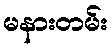
မနားတမ်း